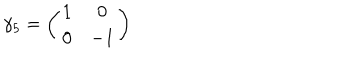
LaTeX: \gamma _ { 5 } = \left( \begin{array} { c c } { { 1 } } & { { 0 } } \\ { { 0 } } & { { - 1 } } \\ \end{array} \right)